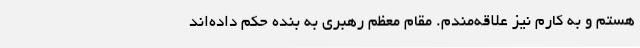
هستم و به کارم نیز علاقه‌مندم. مقام معظم رهبری به بنده حکم داده‌اند